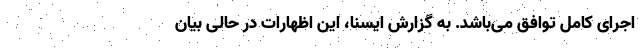
اجرای کامل توافق می‌باشد. به گزارش ایسنا، این اظهارات در حالی بیان